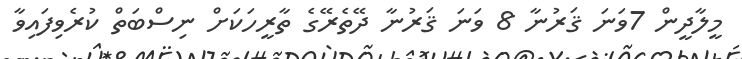
މީލާދީން 7ވަނަ ޤަރުނާ 8 ވަނަ ޤަރުނާ ދޭތެރޭގެ ތާރީހަކަށް ނިސްބަތް ކުރެވިފައިވާ